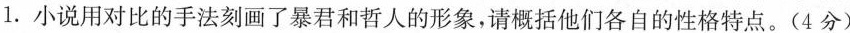
1.小说用对比的手法刻画了暴君和哲人的形象，请概括他们各自的性格特点。(4分)